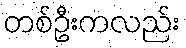
တစ်ဦးကလည်း